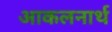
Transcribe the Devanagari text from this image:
आकलनार्थ